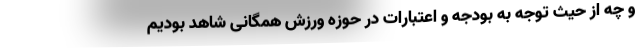
و چه از حیث توجه به بودجه و اعتبارات در حوزه ورزش همگانی شاهد بودیم